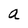
Character: a